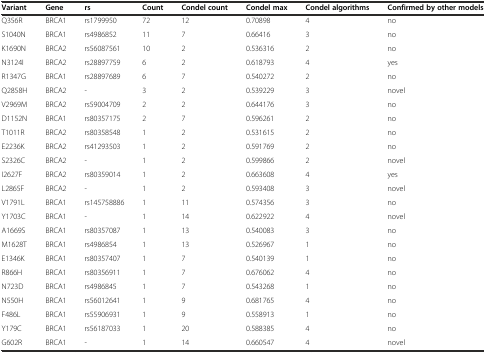
<table><thead><tr><td><b>Variant</b></td><td><b>Gene</b></td><td><b>rs</b></td><td><b>Count</b></td><td><b>Condel count</b></td><td><b>Condel max</b></td><td><b>Condel algorithms</b></td><td><b>Confirmed by other models</b></td></tr></thead><tbody><tr><td>Q356R</td><td>BRCA1</td><td>rs1799950</td><td>72</td><td>12</td><td>0.70898</td><td>4</td><td>no</td></tr><tr><td>S1040N</td><td>BRCA1</td><td>rs4986852</td><td>11</td><td>7</td><td>0.66416</td><td>3</td><td>no</td></tr><tr><td>K1690N</td><td>BRCA2</td><td>rs56087561</td><td>10</td><td>2</td><td>0.536316</td><td>2</td><td>no</td></tr><tr><td>N3124I</td><td>BRCA2</td><td>rs28897759</td><td>6</td><td>2</td><td>0.618793</td><td>4</td><td>yes</td></tr><tr><td>R1347G</td><td>BRCA1</td><td>rs28897689</td><td>6</td><td>7</td><td>0.540272</td><td>2</td><td>no</td></tr><tr><td>Q2858H</td><td>BRCA2</td><td>-</td><td>3</td><td>2</td><td>0.539229</td><td>3</td><td>novel</td></tr><tr><td>V2969M</td><td>BRCA2</td><td>rs59004709</td><td>2</td><td>2</td><td>0.644176</td><td>3</td><td>no</td></tr><tr><td>D1152N</td><td>BRCA1</td><td>rs80357175</td><td>2</td><td>7</td><td>0.596261</td><td>2</td><td>no</td></tr><tr><td>T1011R</td><td>BRCA2</td><td>rs80358548</td><td>1</td><td>2</td><td>0.531615</td><td>2</td><td>no</td></tr><tr><td>E2236K</td><td>BRCA2</td><td>rs41293503</td><td>1</td><td>2</td><td>0.591769</td><td>2</td><td>no</td></tr><tr><td>S2326C</td><td>BRCA2</td><td>-</td><td>1</td><td>2</td><td>0.599866</td><td>2</td><td>novel</td></tr><tr><td>I2627F</td><td>BRCA2</td><td>rs80359014</td><td>1</td><td>2</td><td>0.663608</td><td>4</td><td>yes</td></tr><tr><td>L2865F</td><td>BRCA2</td><td>-</td><td>1</td><td>2</td><td>0.593408</td><td>3</td><td>novel</td></tr><tr><td>V1791L</td><td>BRCA1</td><td>rs145758886</td><td>1</td><td>11</td><td>0.574356</td><td>3</td><td>no</td></tr><tr><td>Y1703C</td><td>BRCA1</td><td>-</td><td>1</td><td>14</td><td>0.622922</td><td>4</td><td>novel</td></tr><tr><td>A1669S</td><td>BRCA1</td><td>rs80357087</td><td>1</td><td>13</td><td>0.540083</td><td>3</td><td>no</td></tr><tr><td>M1628T</td><td>BRCA1</td><td>rs4986854</td><td>1</td><td>13</td><td>0.526967</td><td>1</td><td>no</td></tr><tr><td>E1346K</td><td>BRCA1</td><td>rs80357407</td><td>1</td><td>7</td><td>0.540139</td><td>1</td><td>no</td></tr><tr><td>R866H</td><td>BRCA1</td><td>rs80356911</td><td>1</td><td>7</td><td>0.676062</td><td>4</td><td>no</td></tr><tr><td>N723D</td><td>BRCA1</td><td>rs4986845</td><td>1</td><td>7</td><td>0.543268</td><td>1</td><td>no</td></tr><tr><td>N550H</td><td>BRCA1</td><td>rs56012641</td><td>1</td><td>9</td><td>0.681765</td><td>4</td><td>no</td></tr><tr><td>F486L</td><td>BRCA1</td><td>rs55906931</td><td>1</td><td>9</td><td>0.558913</td><td>1</td><td>no</td></tr><tr><td>Y179C</td><td>BRCA1</td><td>rs56187033</td><td>1</td><td>20</td><td>0.588385</td><td>4</td><td>no</td></tr><tr><td>G602R</td><td>BRCA1</td><td>-</td><td>1</td><td>14</td><td>0.660547</td><td>4</td><td>novel</td></tr></tbody></table>